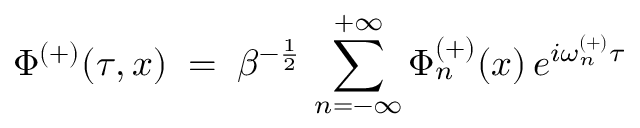
\Phi ^ { ( + ) } ( \tau , x ) \; = \; \beta ^ { - \frac { 1 } { 2 } } \, \sum _ { n = - \infty } ^ { + \infty } \Phi _ { n } ^ { ( + ) } ( x ) \, e ^ { i \omega _ { n } ^ { ( + ) } \tau }